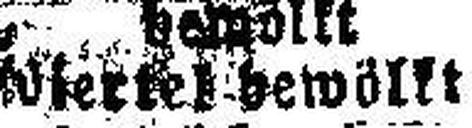
viertel bewöllt